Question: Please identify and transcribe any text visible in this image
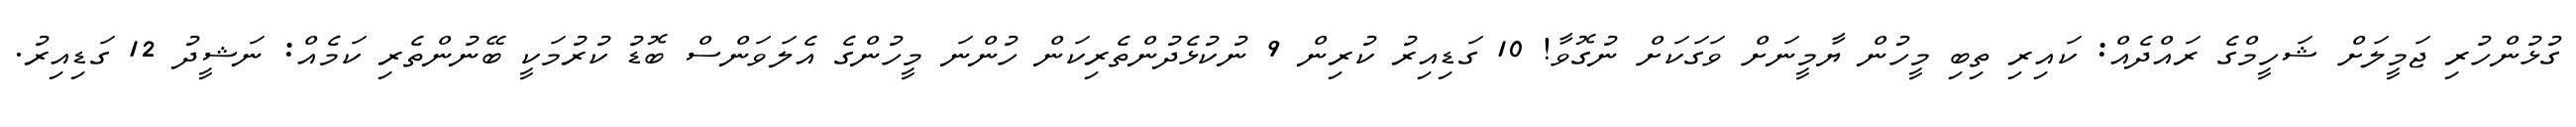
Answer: ގުޅުންހުރި ޖަމީލަށް ޝަހީމްގެ ރައްދެއް: ކައިރި ތިބި މީހުން ޔާމީނަށް ވަގަކަށް ނުގޮވާ! 10 ގަޑިއިރު ކުރިން 9 ނުކުޅެދުންތެރިކަން ހުންނަ މީހުންގެ އެލަވަންސް ބޮޑު ކުރުމަކީ ބޭނުންތެރި ކަމެއް: ނަޝީދު 12 ގަޑިއިރު.